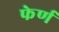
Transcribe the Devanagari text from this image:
फेर्ण